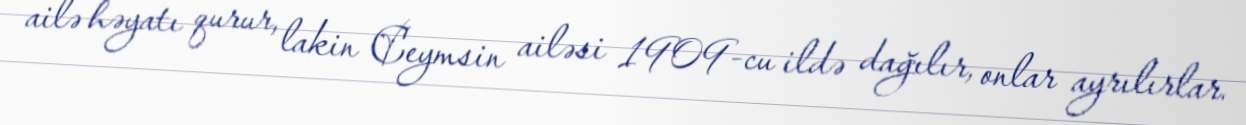
ailə həyatı qurur, lakin Ceymsin ailəsi 1909-cu ildə dağılır, onlar ayrılırlar.